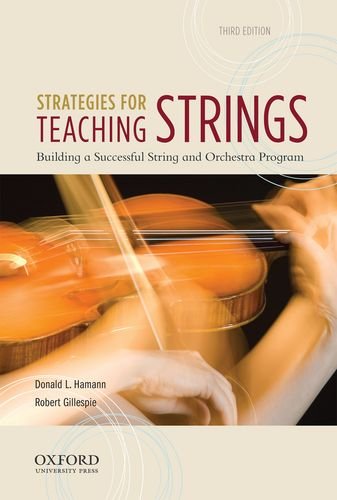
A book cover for Strategies for Teaching Strings: Building a Successful String and Orchestra Program; Donald L. Hamann; Science & Math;